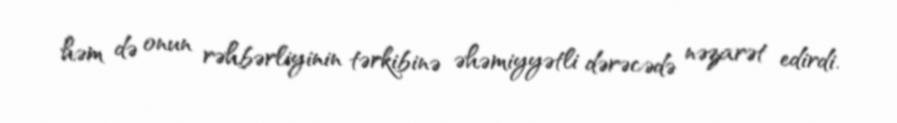
həm də onun rəhbərliyinin tərkibinə əhəmiyyətli dərəcədə nəzarət edirdi.